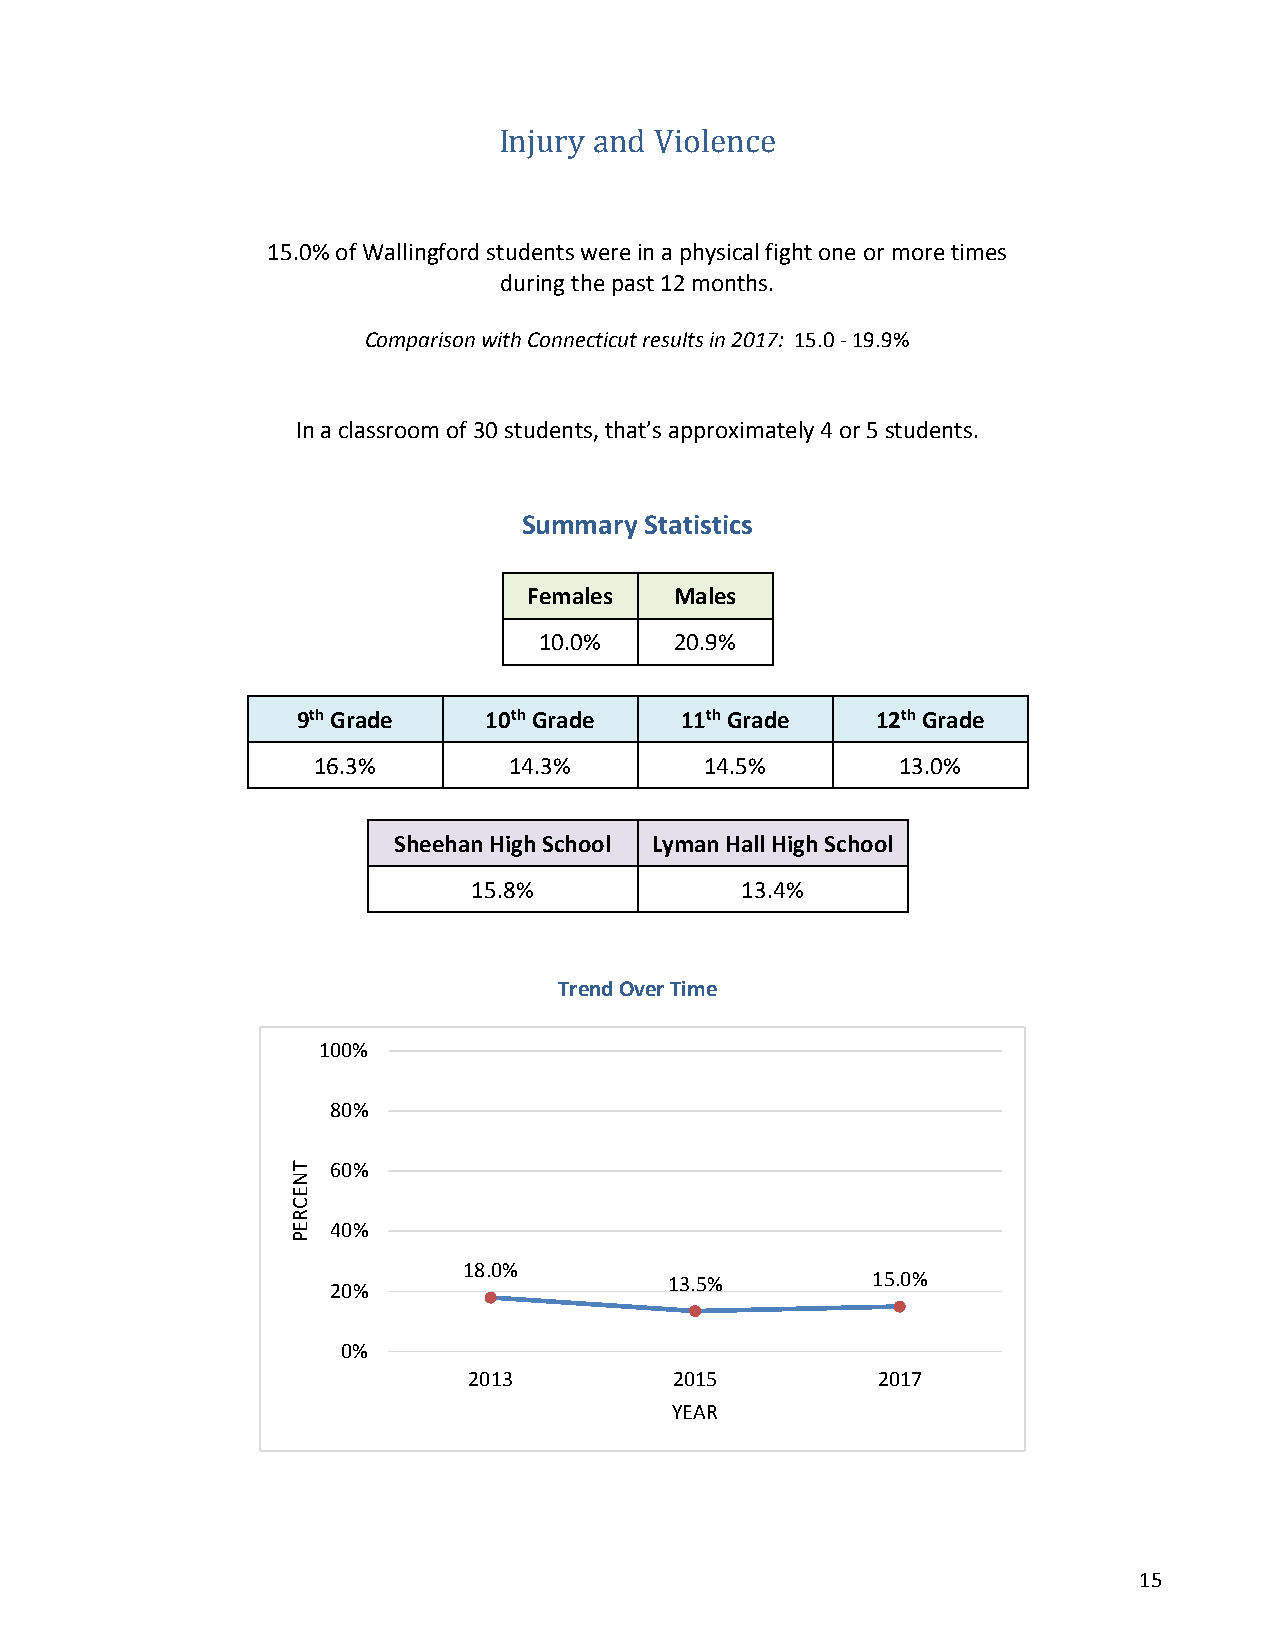
Injury and Violence
 15.0% of Wallingford students were in a physical fight one or more times
 during the past 12 months.
 Comparison with Connecticut results in 2017: 15.0 - 19.9%
 In a classroom of 30 students, that’s approximately 4 or 5 students.
 Summary Statistics
 Females   Males
 10.0%    20.9%
 9th Grade   10th Grade   11th Grade   12th Grade
 16.3%        14.3%        14.5%        13.0%
 Sheehan High School Lyman Hall High School
 15.8%             13.4%
 Trend Over Time
 100%
 80%
 60%
 40%
 18.0%
 13.5%         15.0%
 20%
 0%
 2013          2015         2017
 YEAR
 15
 TNECREP